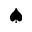
\spadesuit